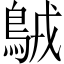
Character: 𪀚